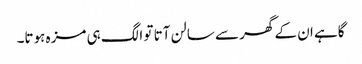
گاہے ان کے گھر سے سالن آتا تو الگ ہی مزہ ہوتا۔